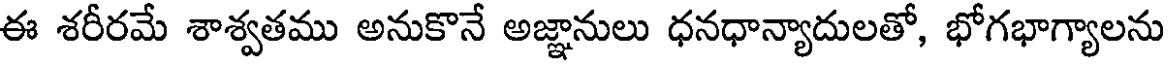
ఈ శరీరమే శాశ్వతము అనుకొనే అజ్ఞానులు ధనధాన్యాదులతో, భోగభాగ్యాలను